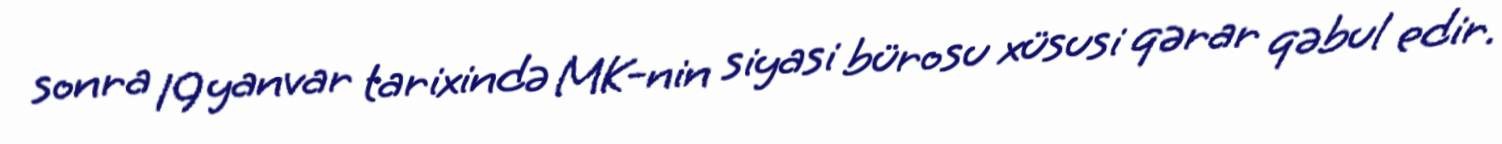
sonra 19 yanvar tarixində MK-nin siyasi bürosu xüsusi qərar qəbul edir.